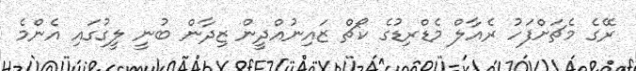
ރޭގެ މެޗަށްފަހު ރެއާލް މެޑްރިޑުގެ ކޯޗް ޒައިނުއްދީން ޒިދާން ބުނީ ލީގުގައި އެންމެ